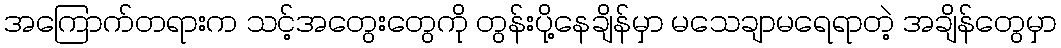
အကြောက်တရားက သင့်အတွေးတွေကို တွန်းပို့နေချိန်မှာ မသေချာမရေရာတဲ့ အချိန်တွေမှာ